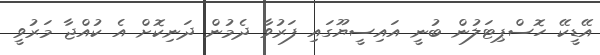
އޭޑީކޭ ހޮސްޕިޓަލުން ބުނީ އައިސީޔޫގައި ފަރުވާ ދެމުން ދަނިކޮށް އެ ކުއްޖާ މަރުވީ